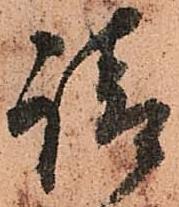
請